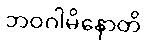
ဘဝဂါမိနောတိ